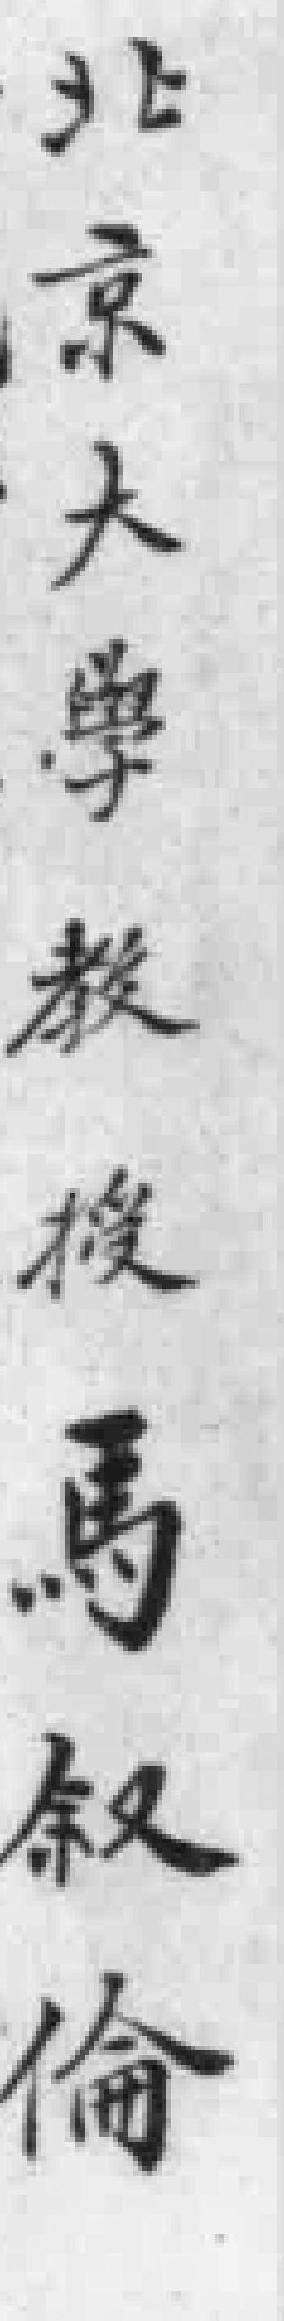
北京大學教後馬敘倫